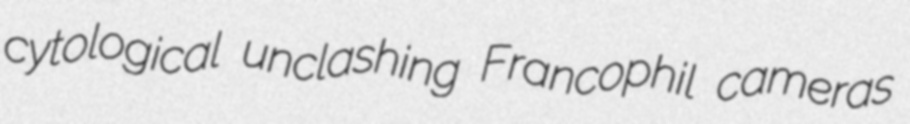
cytological unclashing Francophil cameras